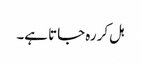
ہل کر رہ جاتا ہے۔